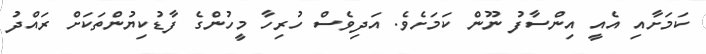
ކަމަށާއި އެއީ އިންސާފު ނޫން ކަމަށެވެ. އަދިވެސް ހުރިހާ މީހުންގެ ފާޑުކިޔުންތަކަށް ރައްދު